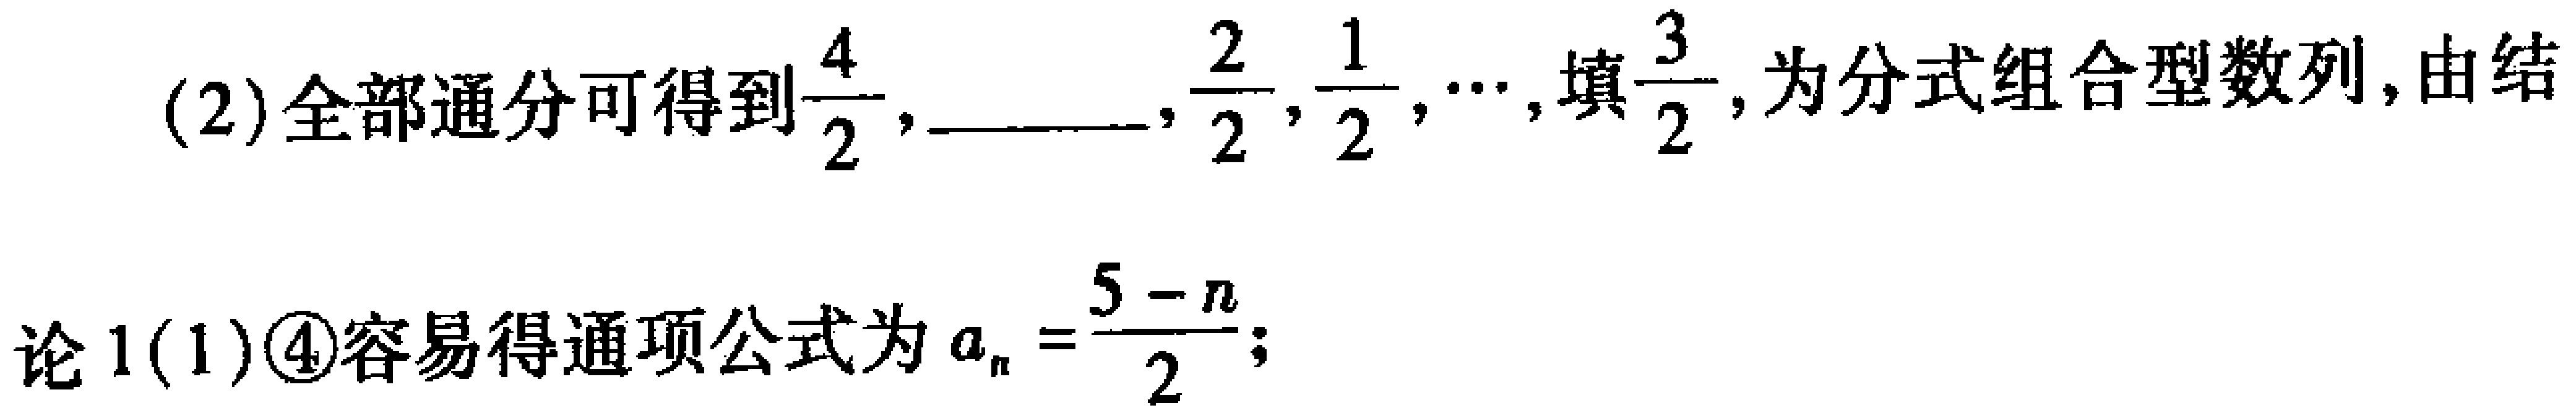
(2)全部通分可得到$\frac{4}{2}$，  ，$\frac{2}{2}$，$\frac{1}{2}$，$\cdots$，填$\frac{3}{2}$，为分式组合型数列,由结
论1(1)\textcircled{4}容易得通项公式为$a_{n}=\frac{5 - n}{2}$；